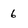
Character: 6